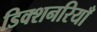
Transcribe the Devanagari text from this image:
डिक्शनरियाँ